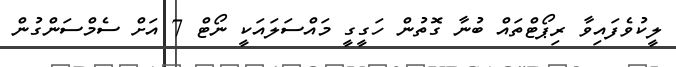
ލީކުވެފައިވާ ރިޕޯޓްތައް ބުނާ ގޮތުން ހަގީގީ މައްސަލައަކީ ނޯޓް 7 އަށް ސެމްސަންގުން